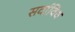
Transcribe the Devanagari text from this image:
सर्वाविध